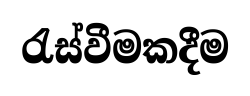
රැස්වීමකදීම